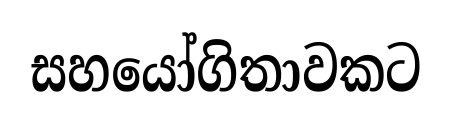
සහයෝගිතාවකට